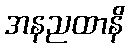
အနညထာနိ